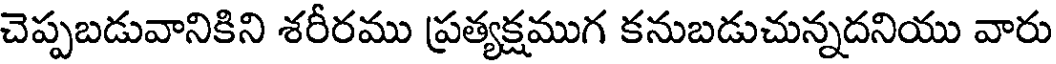
చెప్పబడువానికిని శరీరము ప్రత్యక్షముగ కనుబడుచున్నదనియు వారు